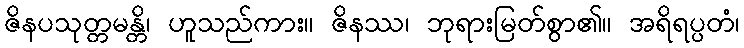
ဇိနပသုတ္တမန္တိ၊ ဟူသည်ကား။ ဇိနဿ၊ ဘုရားမြတ်စွာ၏။ အရိရပ္ပတံ၊